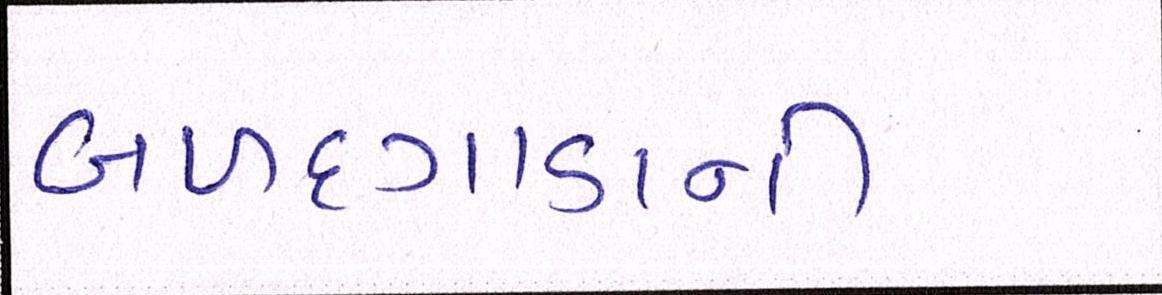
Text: બળદગાડાની